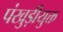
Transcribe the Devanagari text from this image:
पंखुड़ीयुक्त